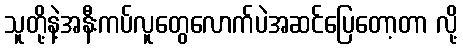
သူတို့နဲ့အနီးကပ်လူတွေလောက်ပဲအဆင်ပြေတော့တာ လို့